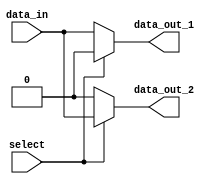
module demux(
    input wire select,
    input wire data_in,
    output reg data_out_1,
    output reg data_out_2
);

always @* begin
    if (select == 0) begin
        data_out_1 = data_in;
        data_out_2 = 1'b0;
    end else begin
        data_out_1 = 1'b0;
        data_out_2 = data_in;
    end
end

endmodule